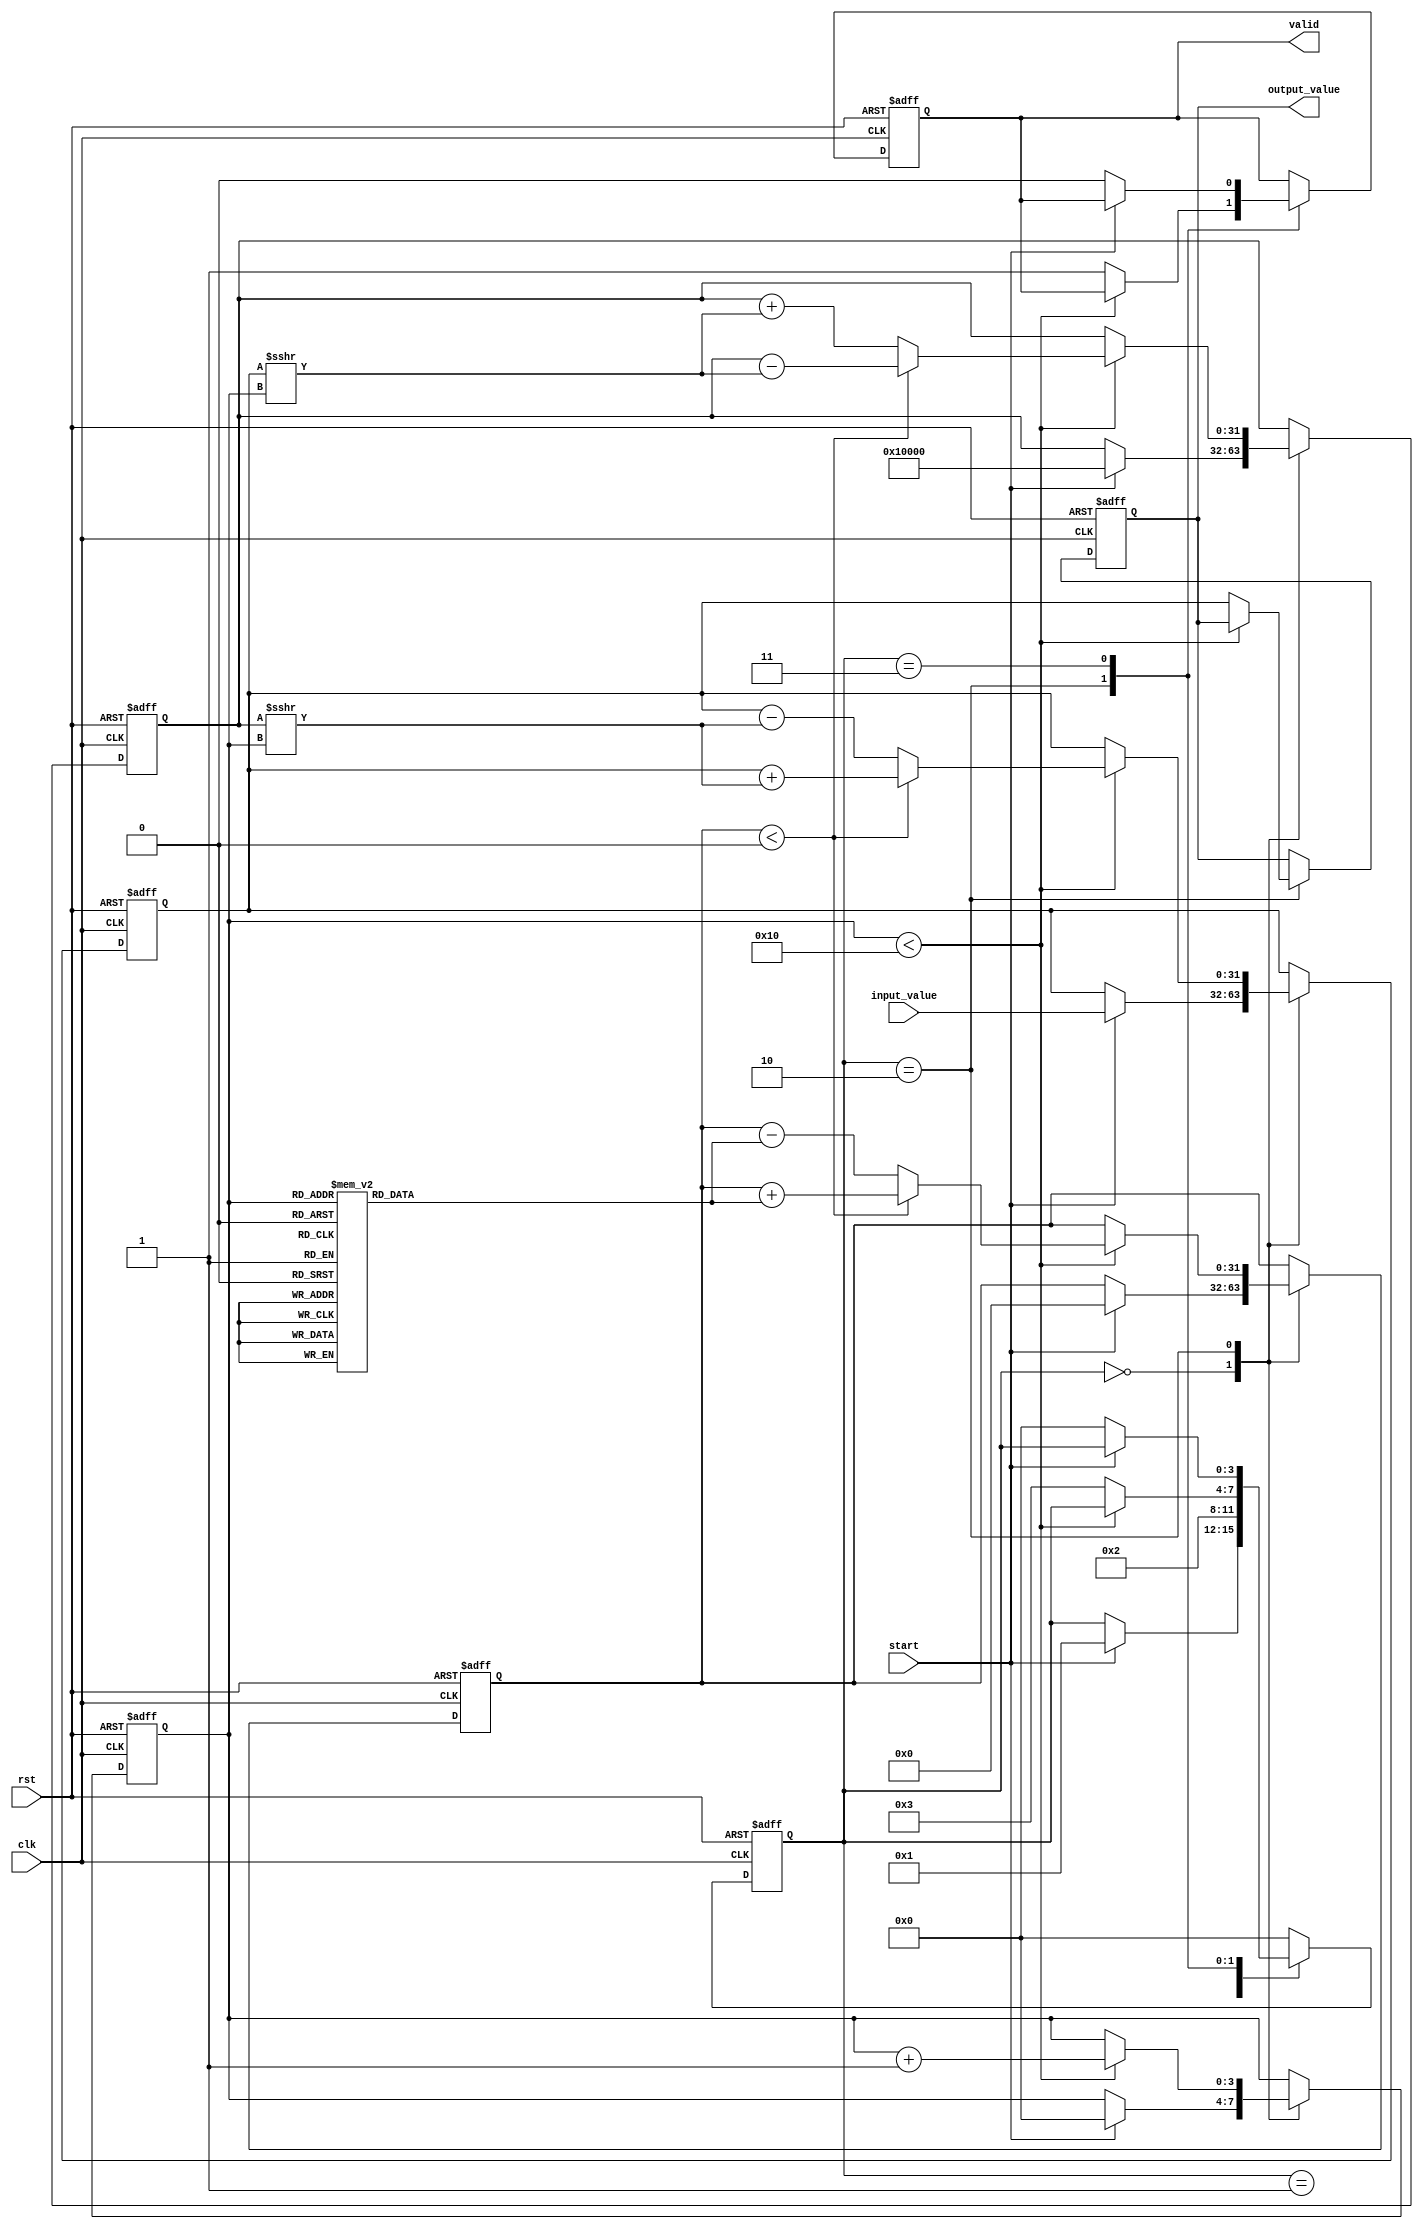
module CORDIC_Logarithm(
    input wire clk,
    input wire rst,
    input wire start,
    input wire [31:0] input_value,     // Input floating-point or fixed-point number
    output reg [31:0] output_value,    // Output logarithm value
    output reg valid                    // Output valid flag
);

    parameter MAX_ITER = 16; // Define maximum iterations for CORDIC
    reg [15:0] atan_table[MAX_ITER-1:0]; // Arctangent lookup table in fixed-point
    reg [31:0] x, y, z; // Internal registers for CORDIC computations
    reg [3:0] state;    // FSM state tracking
    reg [3:0] iteration; // Current iteration counter

    // Initializing the arctangent table
    initial begin
        // Populate atan_table with fixed-point arctangent values 
        // Note: Use actual fixed-point values as per your needs
        atan_table[0] = 16'h1C71; // arctan(2^-0) in fixed-point
        atan_table[1] = 16'h1A46; // arctan(2^-1)
        atan_table[2] = 16'h18F6; // arctan(2^-2)
        // Continue populating the table...
        // Ensure the table has values ready for MAX_ITER
    end

    // State Machine States
    localparam IDLE = 0,
               INITIALIZE = 1,
               CORDIC_ITERATIONS = 2,
               OUTPUT = 3;

    // FSM and CORDIC computations
    always @(posedge clk or posedge rst) begin
        if (rst) begin
            state <= IDLE;
            output_value <= 0;
            valid <= 0;
            iteration <= 0;
            x <= 0;
            y <= 0;
            z <= 0;
        end else begin
            case (state)
                IDLE: begin
                    if (start) begin
                        x <= input_value; // Initialize x with the input value
                        y <= 1 << 16;     // Initialize y to 1 in fixed-point
                        z <= 0;           // Initialize angle (z)
                        iteration <= 0;   // Reset iteration counter
                        state <= INITIALIZE;
                    end
                end

                INITIALIZE: begin
                    // Implement initialization logic if necessary
                    state <= CORDIC_ITERATIONS; // Move to compute CORDIC
                end

                CORDIC_ITERATIONS: begin
                    if (iteration < MAX_ITER) begin
                        // CORDIC iterative computation
                        if (z < 0) begin
                            // Apply rotation in the counter-clockwise direction
                            x <= x + (y >>> iteration);
                            y <= y - (x >>> iteration);
                            z <= z + atan_table[iteration];
                        end else begin
                            // Apply rotation in the clockwise direction
                            x <= x - (y >>> iteration);
                            y <= y + (x >>> iteration);
                            z <= z - atan_table[iteration];
                        end
                        iteration <= iteration + 1; // Next iteration
                    end else begin
                        output_value <= x; // Final output to be assigned
                        valid <= 1;        // Mark output as valid
                        state <= OUTPUT;   // Move to output stage
                    end
                end

                OUTPUT: begin
                    if (!start) begin
                        state <= IDLE; // Reset to IDLE on start signal low
                        valid <= 0; // Reset valid flag
                    end
                end

                default: state <= IDLE; // Default state recovery
            endcase
        end
    end
endmodule